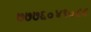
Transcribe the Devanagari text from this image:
७७७६०४९०८८